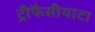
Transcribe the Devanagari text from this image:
ट्रीफैसीयाटा